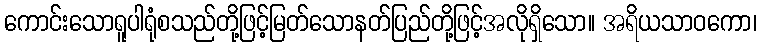
ကောင်းသောရူပါရုံစသည်တို့ဖြင့်မြတ်သောနတ်ပြည်တို့ဖြင့်အလိုရှိသော။ အရိယသာဝကော၊